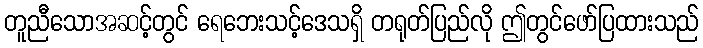
တူညီသောအဆင့်တွင် ရေဘေးသင့်ဒေသရှိ တရုတ်ပြည်လို ဤတွင်ဖော်ပြထားသည်